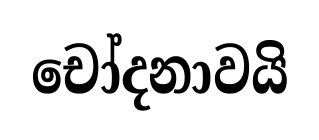
චෝදනාවයි